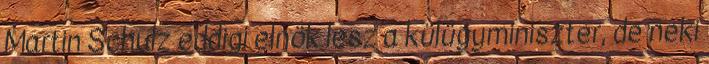
Martin Schulz eddigi elnök lesz a külügyminiszter, de neki